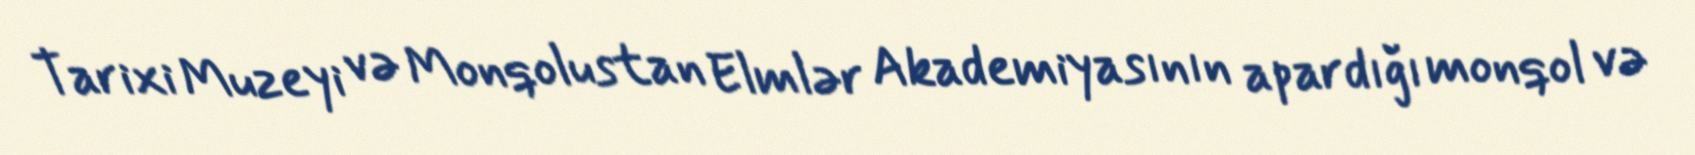
Tarixi Muzeyi və Monqolustan Elmlər Akademiyasının apardığı monqol və